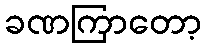
ခဏကြာတော့